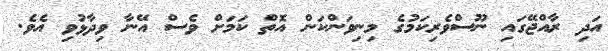
އަދި ރާއްޖޭގައި ނޫސްވެރިކަމުގެ މިނިވަންކަން އޮތް ކަމަށް ވެސް އޭނާ ވިދާޅުވި އެވެ.